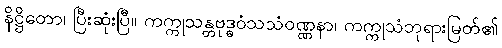
နိဋ္ဌိတော၊ ပြီးဆုံးပြီ။ ကက္ကုသန္တဗုဒ္ဓဝံသသံဝဏ္ဏနာ၊ ကက္ကုသံဘုရားမြတ်၏